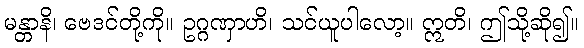
မန္တာနိ၊ ဗေဒင်တို့ကို။ ဥဂ္ဂဏှာဟိ၊ သင်ယူပါလော့။ ဣတိ၊ ဤသို့ဆို၍။